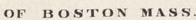
OF BOSTON MASS.